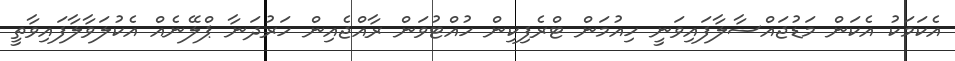
އެކަމަކު އެކަން މަޑުޖައްސާލާފައިވަނީ ހިއުމަން ޓްރެފިކިން ހުއްޓުވަން ރާއްޖެއިން ހަރުދަނާ ޕްލޭނެއް އެކުލަވާލާފައިވާތީ